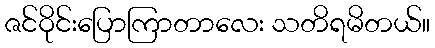
ဇင်ဝိုင်းပြောကြာတာလေး သတိရမိတယ်။